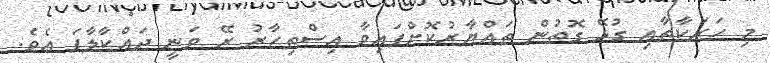
މި ހަރަކާތާއި ގުޅޭ ގޮތުން ތައްޔާރުކޮށްފައިވާ އިސްތިހާރު ރޭ ވަނީ ދައްކާލާފަ އެވެ.